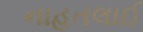
નાહતલાઈ